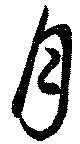
月